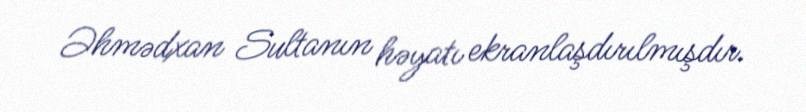
Əhmədxan Sultanın həyatı ekranlaşdırılmışdır.